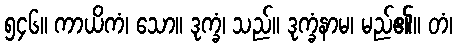
၅၄၆။ ကာယိကံ၊ သော။ ဒုက္ခံ၊ သည်။ ဒုက္ခံနာမ၊ မည်၏။ တံ၊